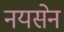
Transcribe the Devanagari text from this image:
नयसेन